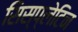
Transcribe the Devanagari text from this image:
सिस्प्लेटिन